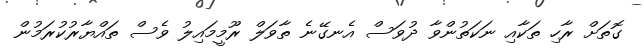
ގޮތަށް ރާހި ތަކާއި ނަކަތުންވާ ދުވަސް އެނގޭނެ ތާވަލް ރޫމީމައިލު ވެސް ތައްޔާރުކުރަމުން